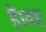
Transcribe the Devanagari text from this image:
हैं।वह